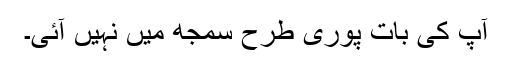
آپ کی بات پوری طرح سمجھ میں نہیں آئی۔